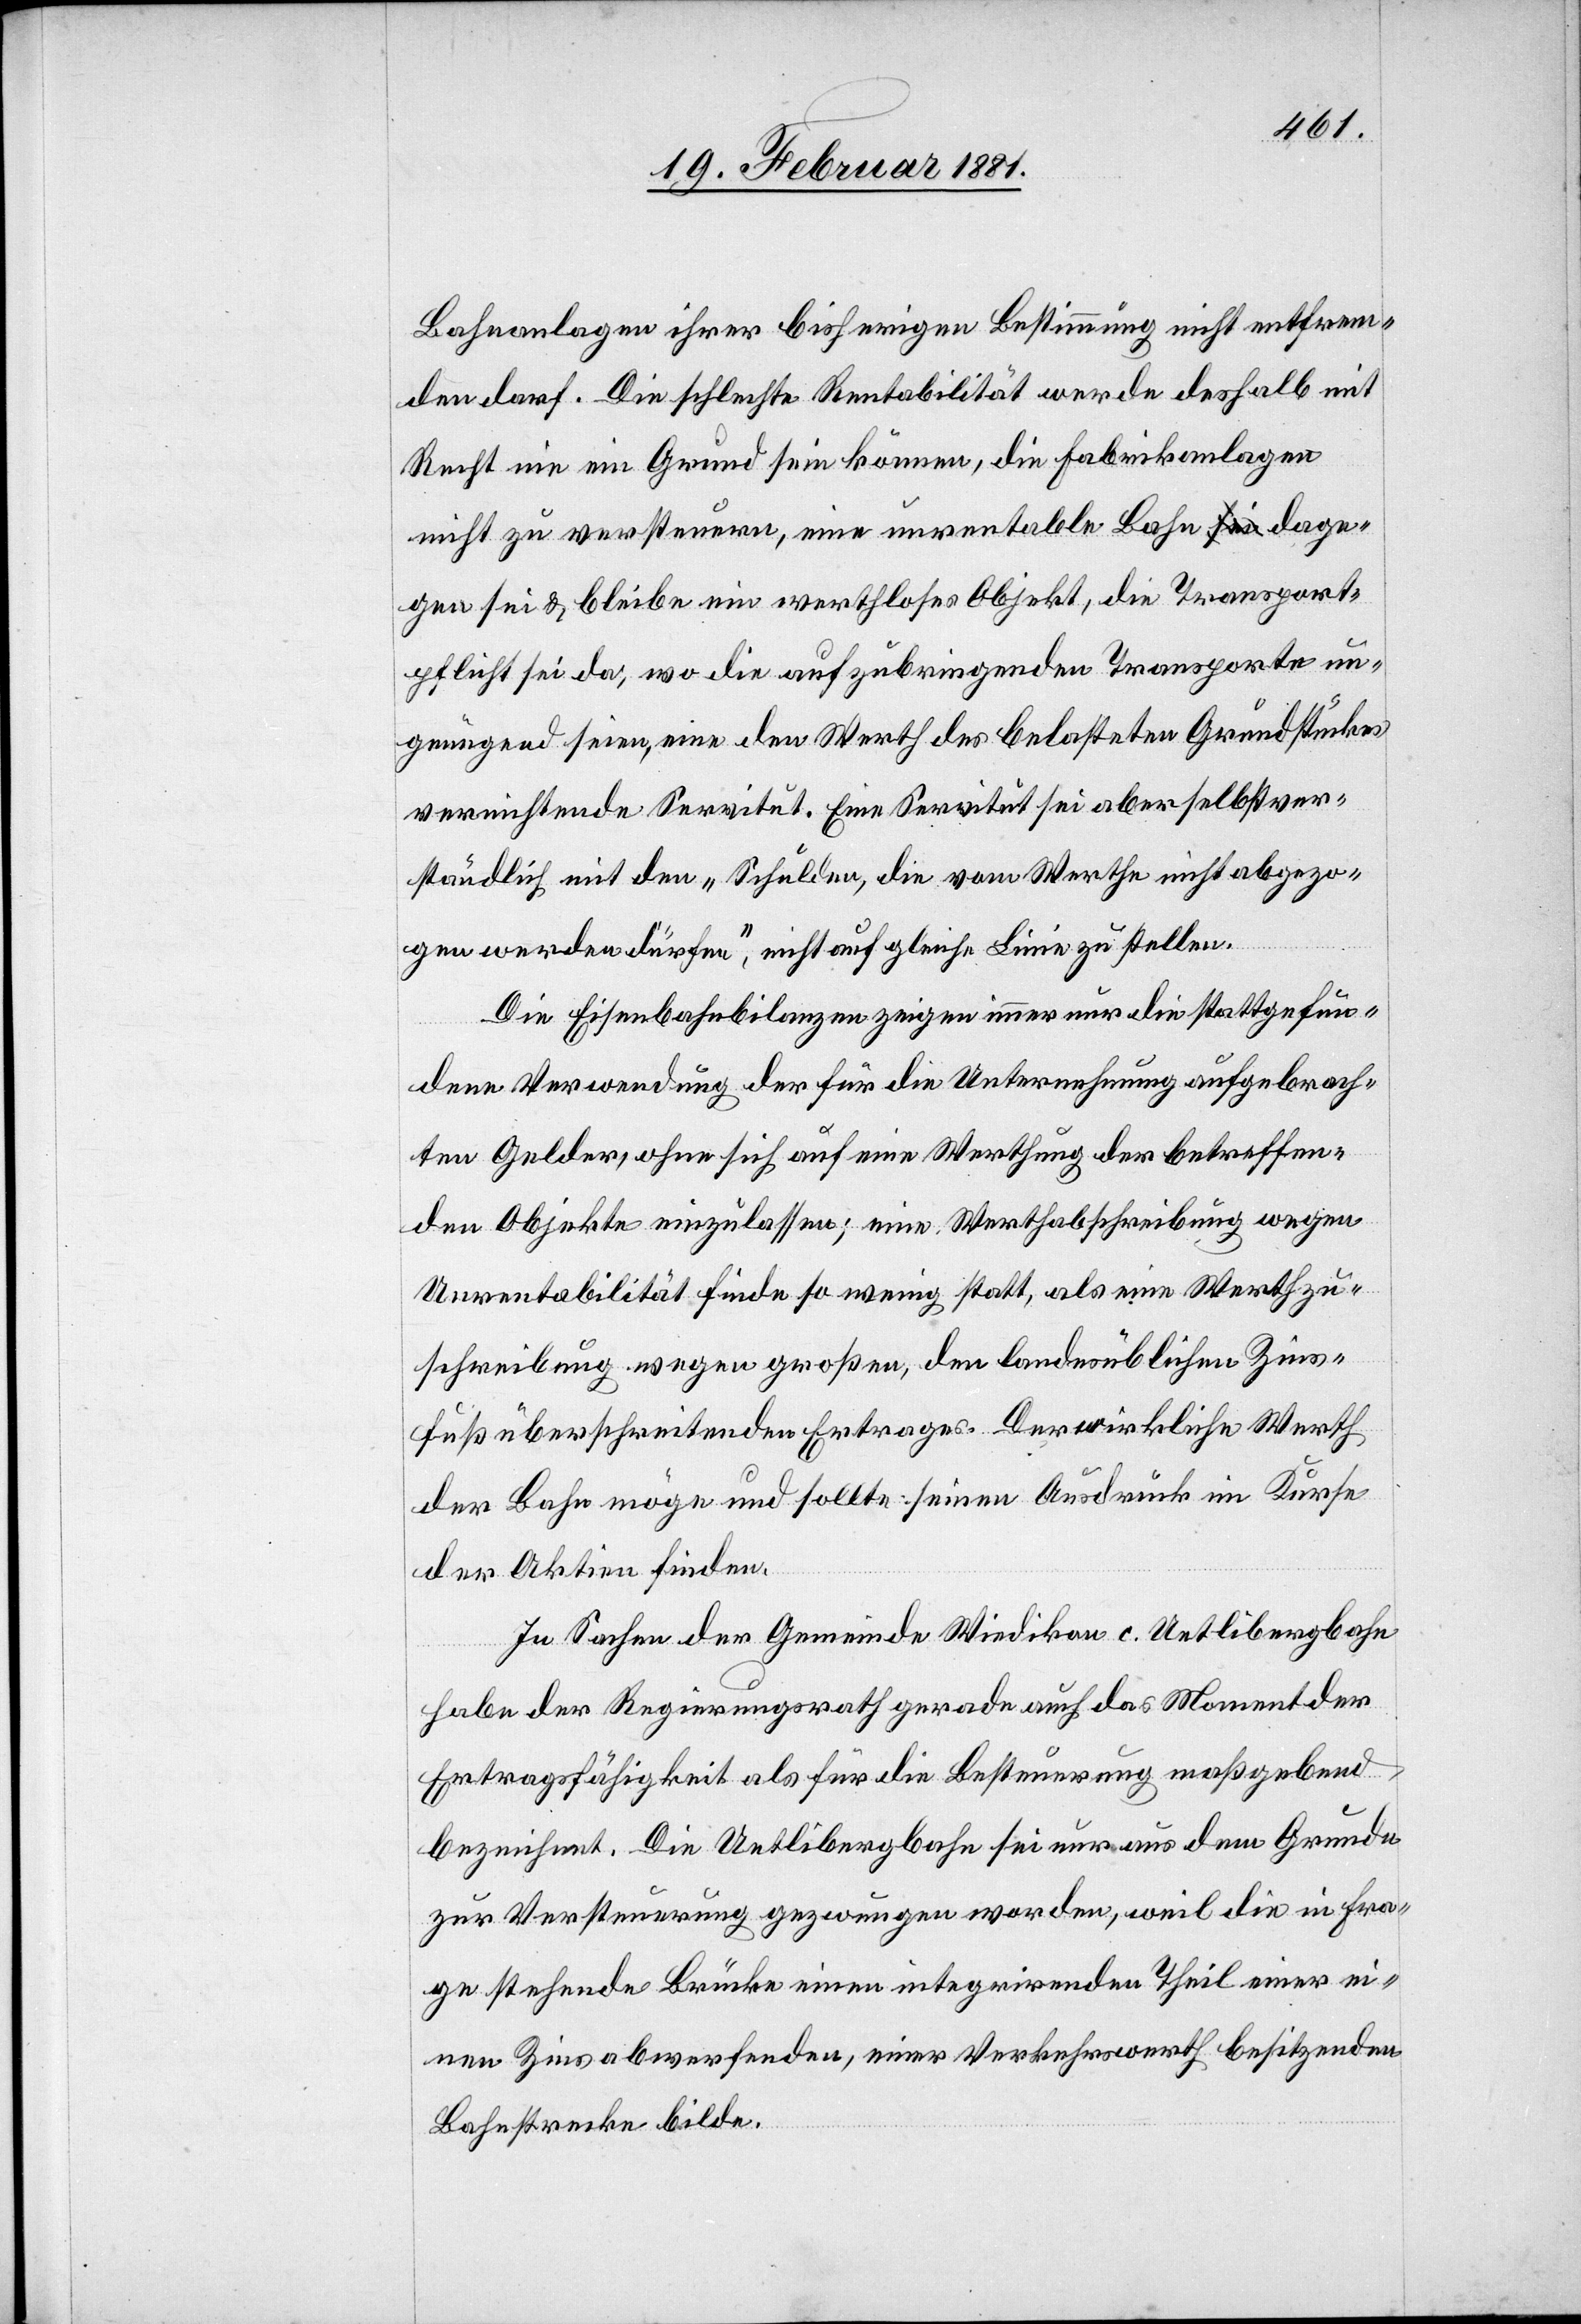
Bahnanlagen ihrer bisherigen Bestimmung nicht entfrem¬
den darf. Die schlechte Rentabilität werde deshalb mit
Recht nie ein Grund sein können, die Fabrikanlagen
nicht zu versteuern, eine unrentable Bahn dage¬
gen sei & bleibe ein werthloses Objekt, die Transport¬
pflicht sei da, wo die aufzubringenden Transporte un¬
genügend seien, eine den Werth des belasteten Grundstückes
vernichtende Servitut. Eine Servitut sei aber selbstver¬
ständlich mit den „Schulden, die vom Werthe nicht abgezo¬
gen werden dürfen“, nicht auf gleiche Linie zu stellen.
Die Eisenbahnbilanzen zeigen immer nur die stattgefun¬
dene Verwendung der für die Unternehmung aufgebrach¬
ten Gelder, ohne sich auf eine Werthung der betreffen¬
den Objekte einzulassen; eine Werthabschreibung wegen
Unrentabilität finde so wenig statt, als eine Werthzu¬
schreibung wegen großen, den landesüblichen Zins¬
fuß überschreitenden Ertrages. Der wirkliche Werth
der Bahn möge und sollte seinen Ausdruck im Kurse
der Aktien finden.
In Sachen der Gemeinde Wiedikon c. Uetlibergbahn
habe der Regierungsrath gerade auch das Moment der
Ertragsfähigkeit als für die Besteuerung maßgebend
bezeichnet. Die Uetlibergbahn sei nur aus dem Grunde
zur Versteuerung gezwungen worden, weil die in Fra¬
ge stehende Brücke einen integrirenden Theil einer ei¬
nen Zins abwehrenden, einer Verkehrswerth besitzenden
Bahnstrecke bilde.